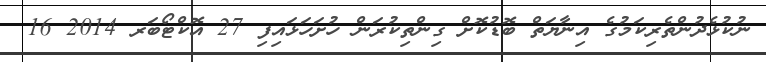
ނުކުޅެދުންތެރިކަމުގެ އިނާޔަތް ބޮޑުކޮށް ގިންތިކުރަން ހުށަހަޅައިފި 27 އޮކްޓޯބަރ 2014 16